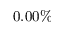
0 . 0 0 \%